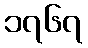
၁၇၆၇